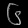
Digit: ၆